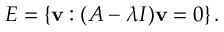
E = \left\{ \mathbf { v } : ( A - \lambda I ) \mathbf { v } = 0 \right\} .